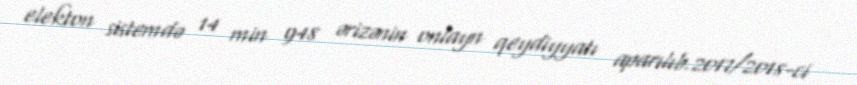
elekton sistemdə 14 min 948 ərizənin onlayn qeydiyyatı aparılıb.2017/2018-ci